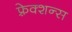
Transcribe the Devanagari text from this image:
फ़्रेक्शन्स